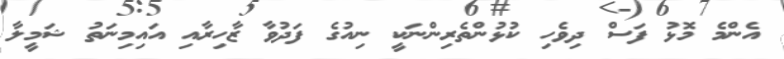
އެންމެ މޮޅު ފަސް ދިވެހި ކުޅުންތެރިންނަކީ ނިއުގެ ފަދުވާ ޒާހިރާއި އައިމިނަތު ޝަމީލާ